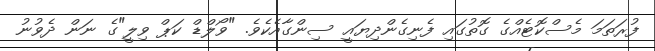
ފުރަތަމަ މެސްކޮޓެއްގެ ގޮތުގައި ފެނިގެންދިޔައީ ސިންގާއެކެވެ. "ވޯލްޑް ކަޕް ވިލީ"ގެ ނަން ދެވުނު